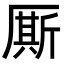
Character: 厮